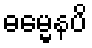
ဓမ္မေနပိ